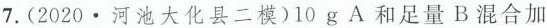
7.(2020·河池大化县二模)10g A和足量B混合加